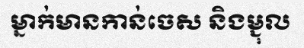
ម្នាក់មានកាន់ចេស និងម្ជុល